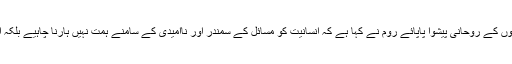
ویٹی کن سٹی : کیتھولک مسیحیوں کے روحانی پیشوا پاپائے روم نے کہا ہے کہ انسانیت کو مسائل کے سمندر اور ناامیدی کے سامنے ہمت نہیں ہارنا چاہیے بلکہ ان کا ڈٹ کر مقابلہ کرنا چاہیے۔